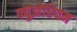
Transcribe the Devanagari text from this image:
फ्युझेरियम